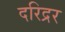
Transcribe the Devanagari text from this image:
दरिद्रर